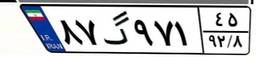
۸۷گ۹۷۱۴۵